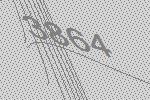
3864